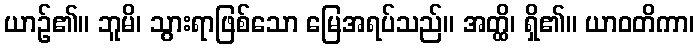
ယာဉ်၏။ ဘူမိ၊ သွားရာဖြစ်သော မြေအရပ်သည်။ အတ္ထိ၊ ရှိ၏။ ယာဝတိကာ၊